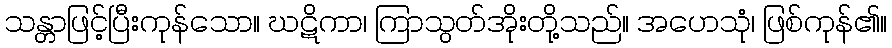
သန္တာဖြင့်ပြီးကုန်သော။ ဃဋိကာ၊ ကြာသွတ်အိုးတို့သည်။ အဟေသုံ၊ ဖြစ်ကုန်၏။